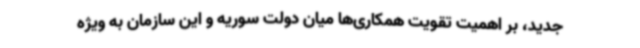
جدید، بر اهمیت تقویت همکاری‌ها میان دولت سوریه و این سازمان به ویژه